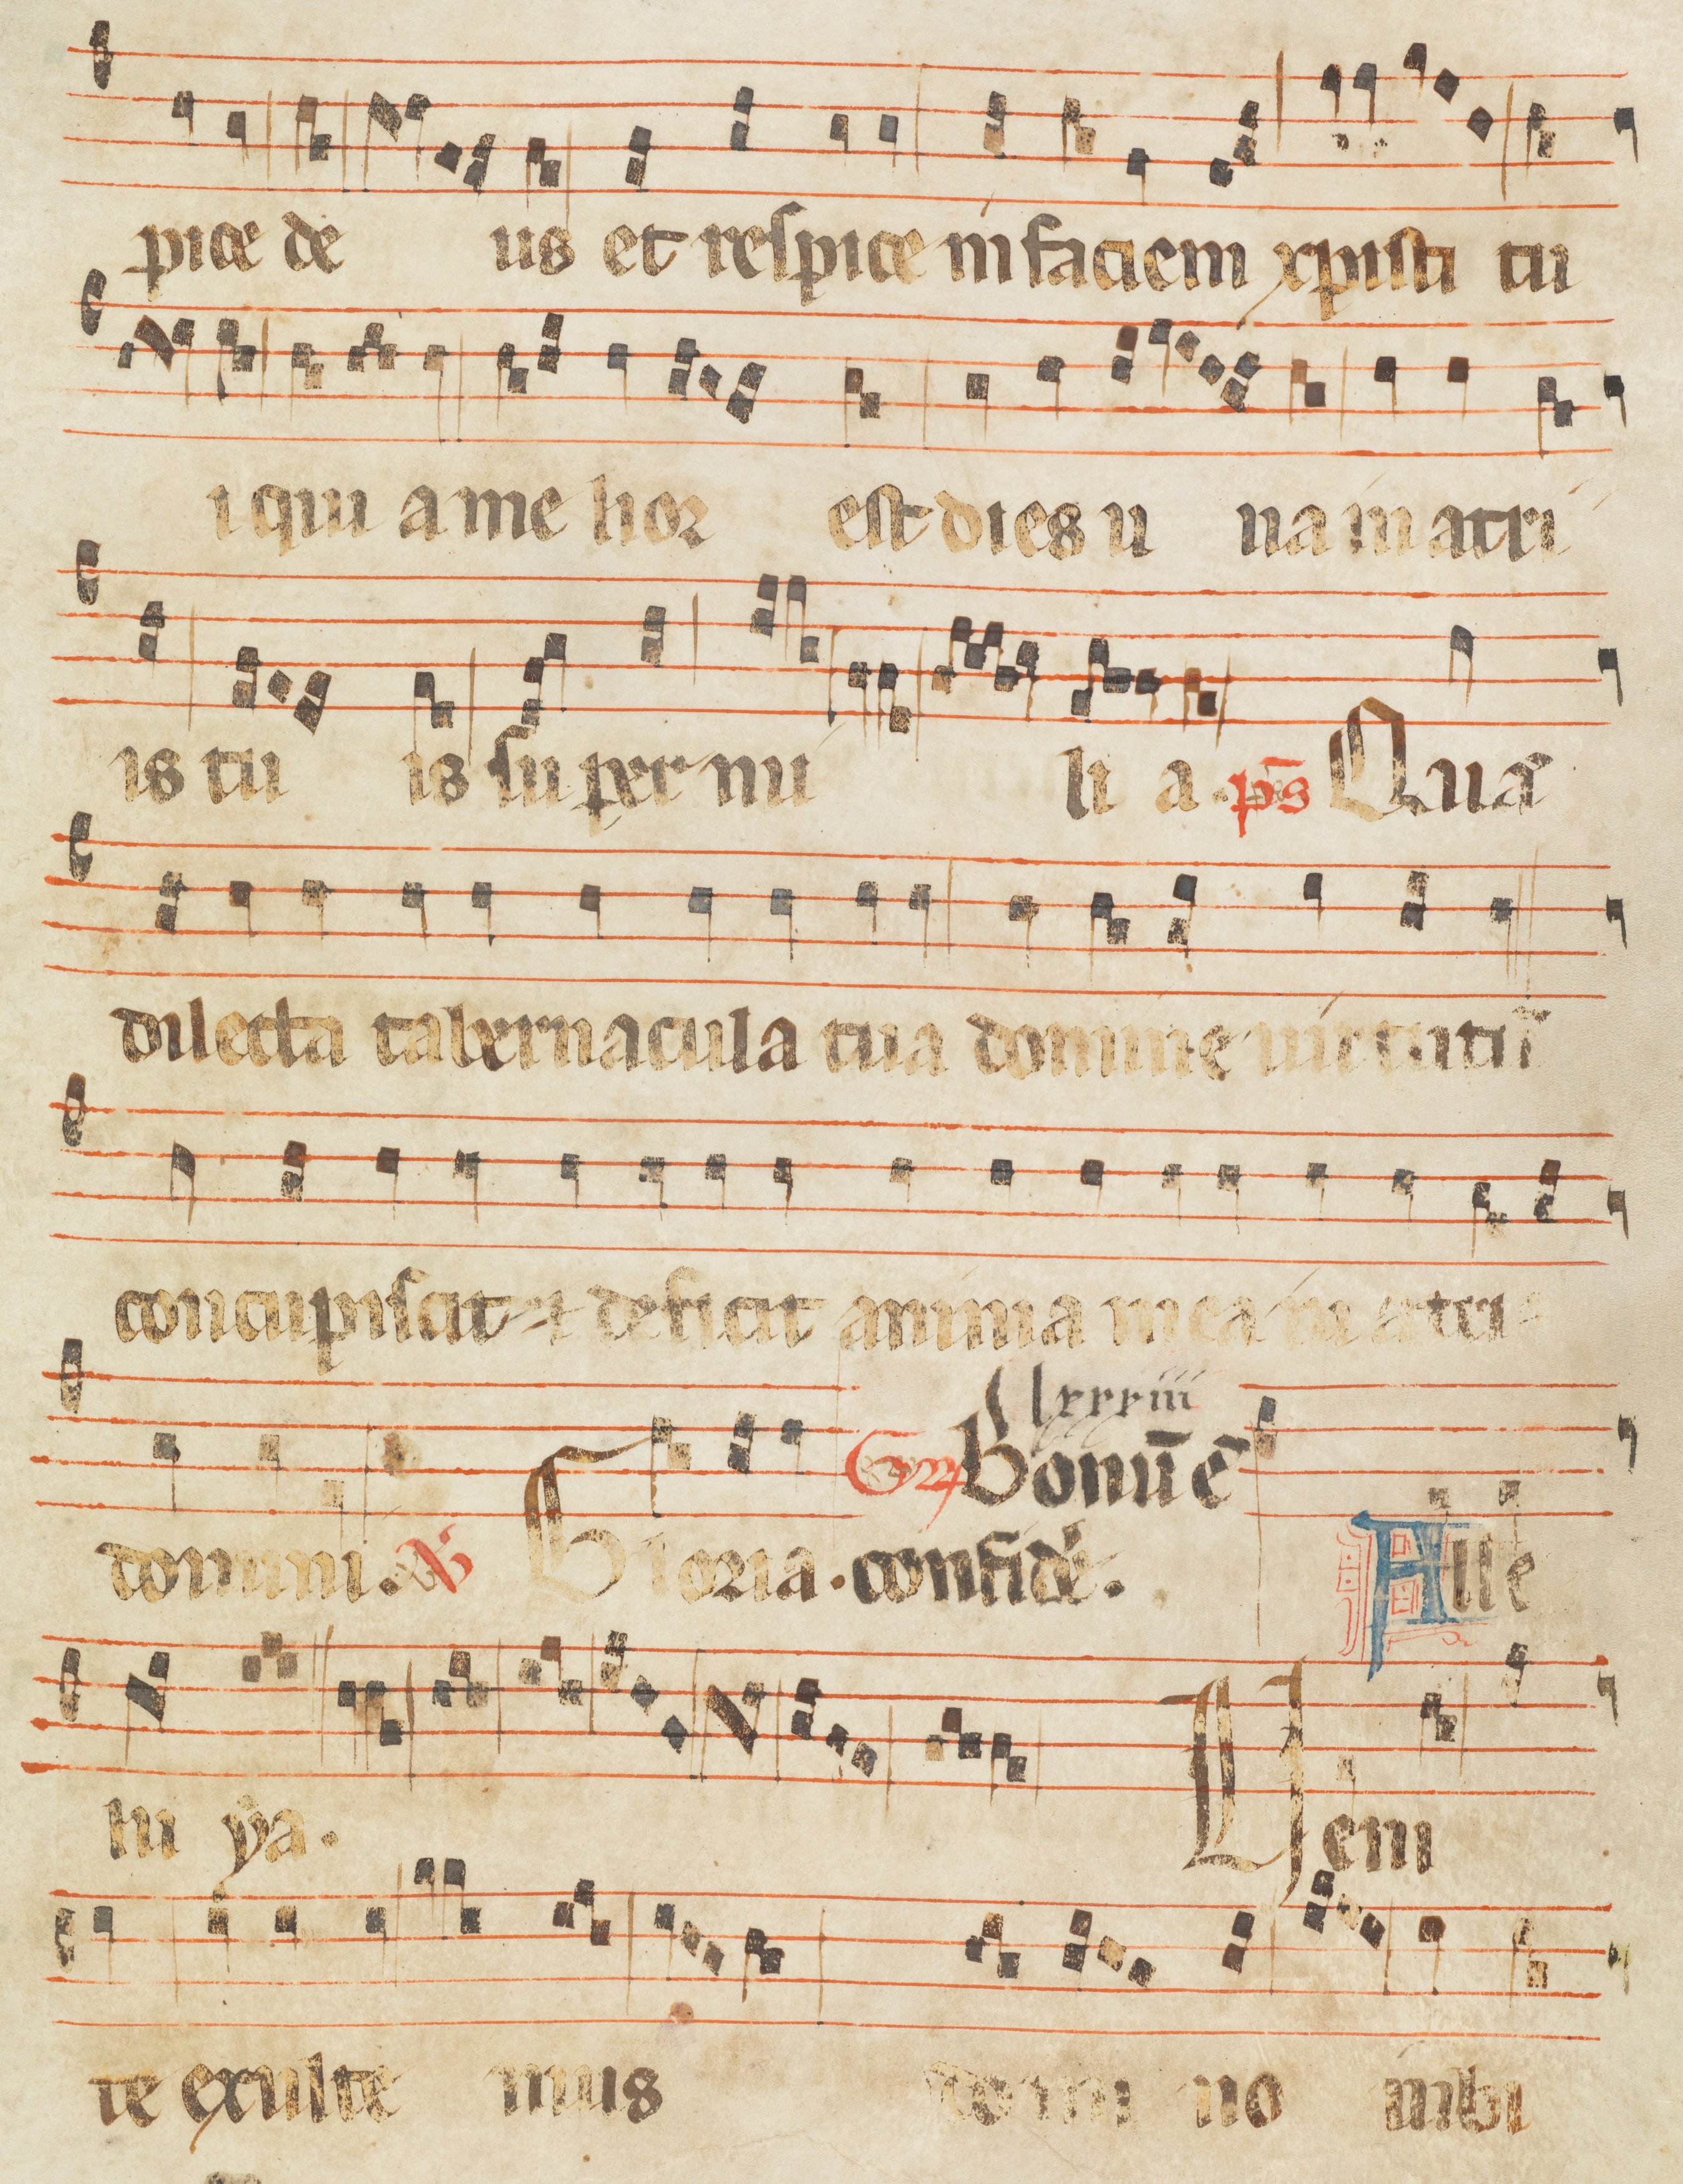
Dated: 1285–1315